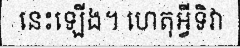
នេះឡើង។ ហេតុអ្វីទិវា